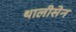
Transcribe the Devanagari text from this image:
थालीसेन